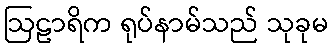
ဩဠာရိက ရုပ်နာမ်သည် သုခုမ